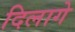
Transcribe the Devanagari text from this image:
दिलागे